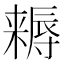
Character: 𣜻